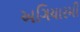
અગિયારમી